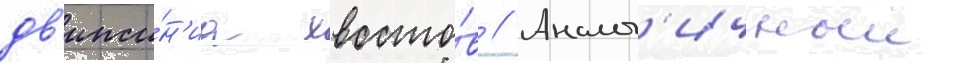
дв'иже́н'иа хвосто́в // Аналог'ичныи